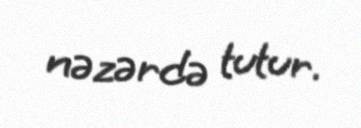
nəzərdə tutur.